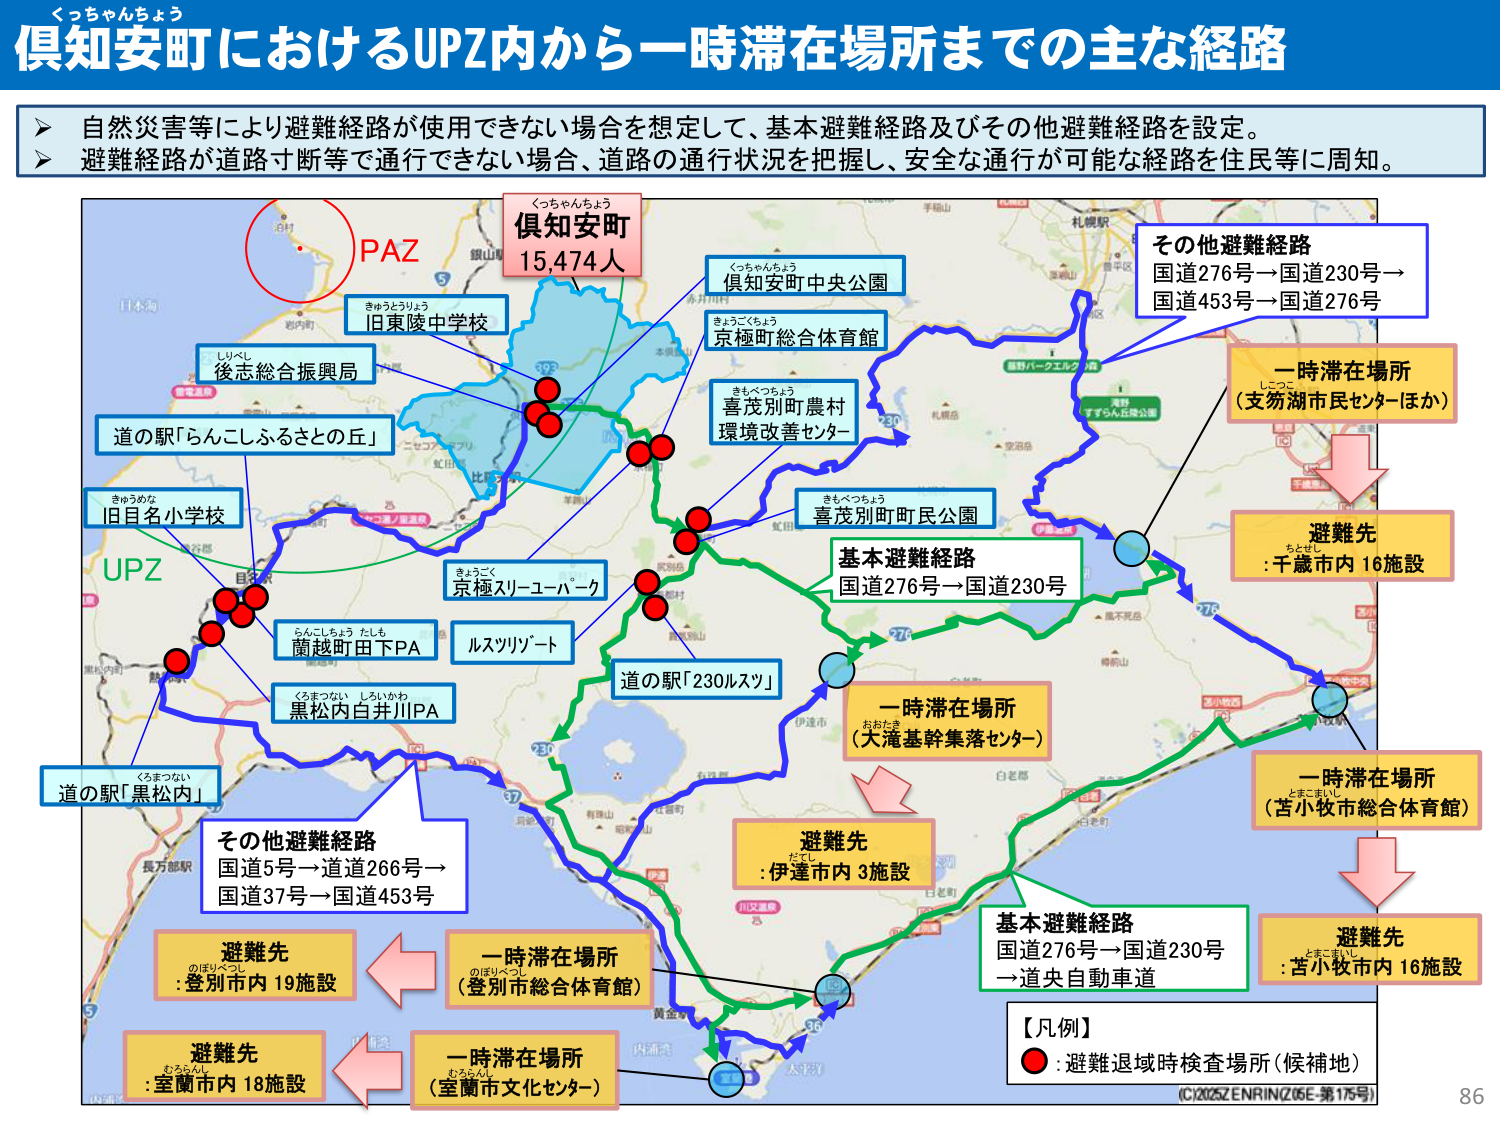
くっちゃんちょう
俱知安町におけるUPZ内から一時滞在場所までの主な経路

自然災害等により避難経路が使用できない場合を想定して、基本避難経路及びその他避難経路を設定。
避難経路が道路寸断等で通行できない場合、道路の通行状況を把握し、安全な通行が可能な経路を住民等に周知。

PAZ
旧東陵中学校
後志総合振興局
道の駅「らんこしふるさとの丘」
旧目名小学校
UPZ
蘭越町田下PA
黒松内白井川PA
道の駅「黒松内」
その他避難経路
国道5号→国道266号→
国道37号→国道453号
避難先
:登別市内 19施設
避難先
:室蘭市内 18施設
一時滞在場所
（登別市総合体育館）
一時滞在場所
（室蘭市文化センター）
くっちゃんちょう
俱知安町
15,474人
俱知安町中央公園
京極町総合体育館
喜茂別町農村
環境改善センター
喜茂別町町民公園
京極スリーユーパーク
ルスツリゾート
道の駅「230ルスツ」
基本避難経路
国道276号→国道230号
一時滞在場所
（大滝基幹集落センター）
避難先
:伊達市内 3施設
基本避難経路
国道276号→国道230号
→道央自動車道
その他避難経路
国道276号→国道230号→
国道453号→国道276号
一時滞在場所
（支笏湖市民センターほか）
避難先
:千歳市内 16施設
一時滞在場所
（苫小牧市総合体育館）
避難先
:苫小牧市内 16施設
【凡例】
● :避難退域時検査場所（候補地）
(C)2025 ZENRIN (Z05E-第175号)
86